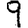
Digit: 9